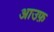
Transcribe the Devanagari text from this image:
आउफ़